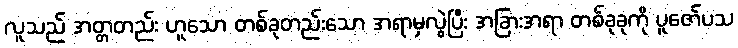
လူသည် အတ္တတည်း ဟူသော တစ်ခုတည်းသော အရာမှလွဲပြီး အခြားအရာ တစ်ခုခုကို ပူဇော်ပသ